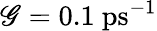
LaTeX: \mathscr{G}=0.1\ \mathrm{{ps}}^{-1}